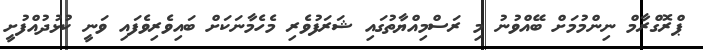
ޕްރޮގްރާމް ނިންމުމަށް ބޭއްވުނު މި ރަސްމިއްޔާތުގައި ޝަރަފުވެރި މެހެމާނަކަށް ބައިވެރިވެފައި ވަނީ ކުޅުދުއްފުށީ